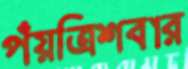
পঁয়ত্রিশবার